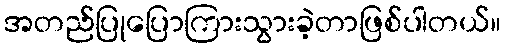
အတည်ပြုပြောကြားသွားခဲ့တာဖြစ်ပါတယ်။